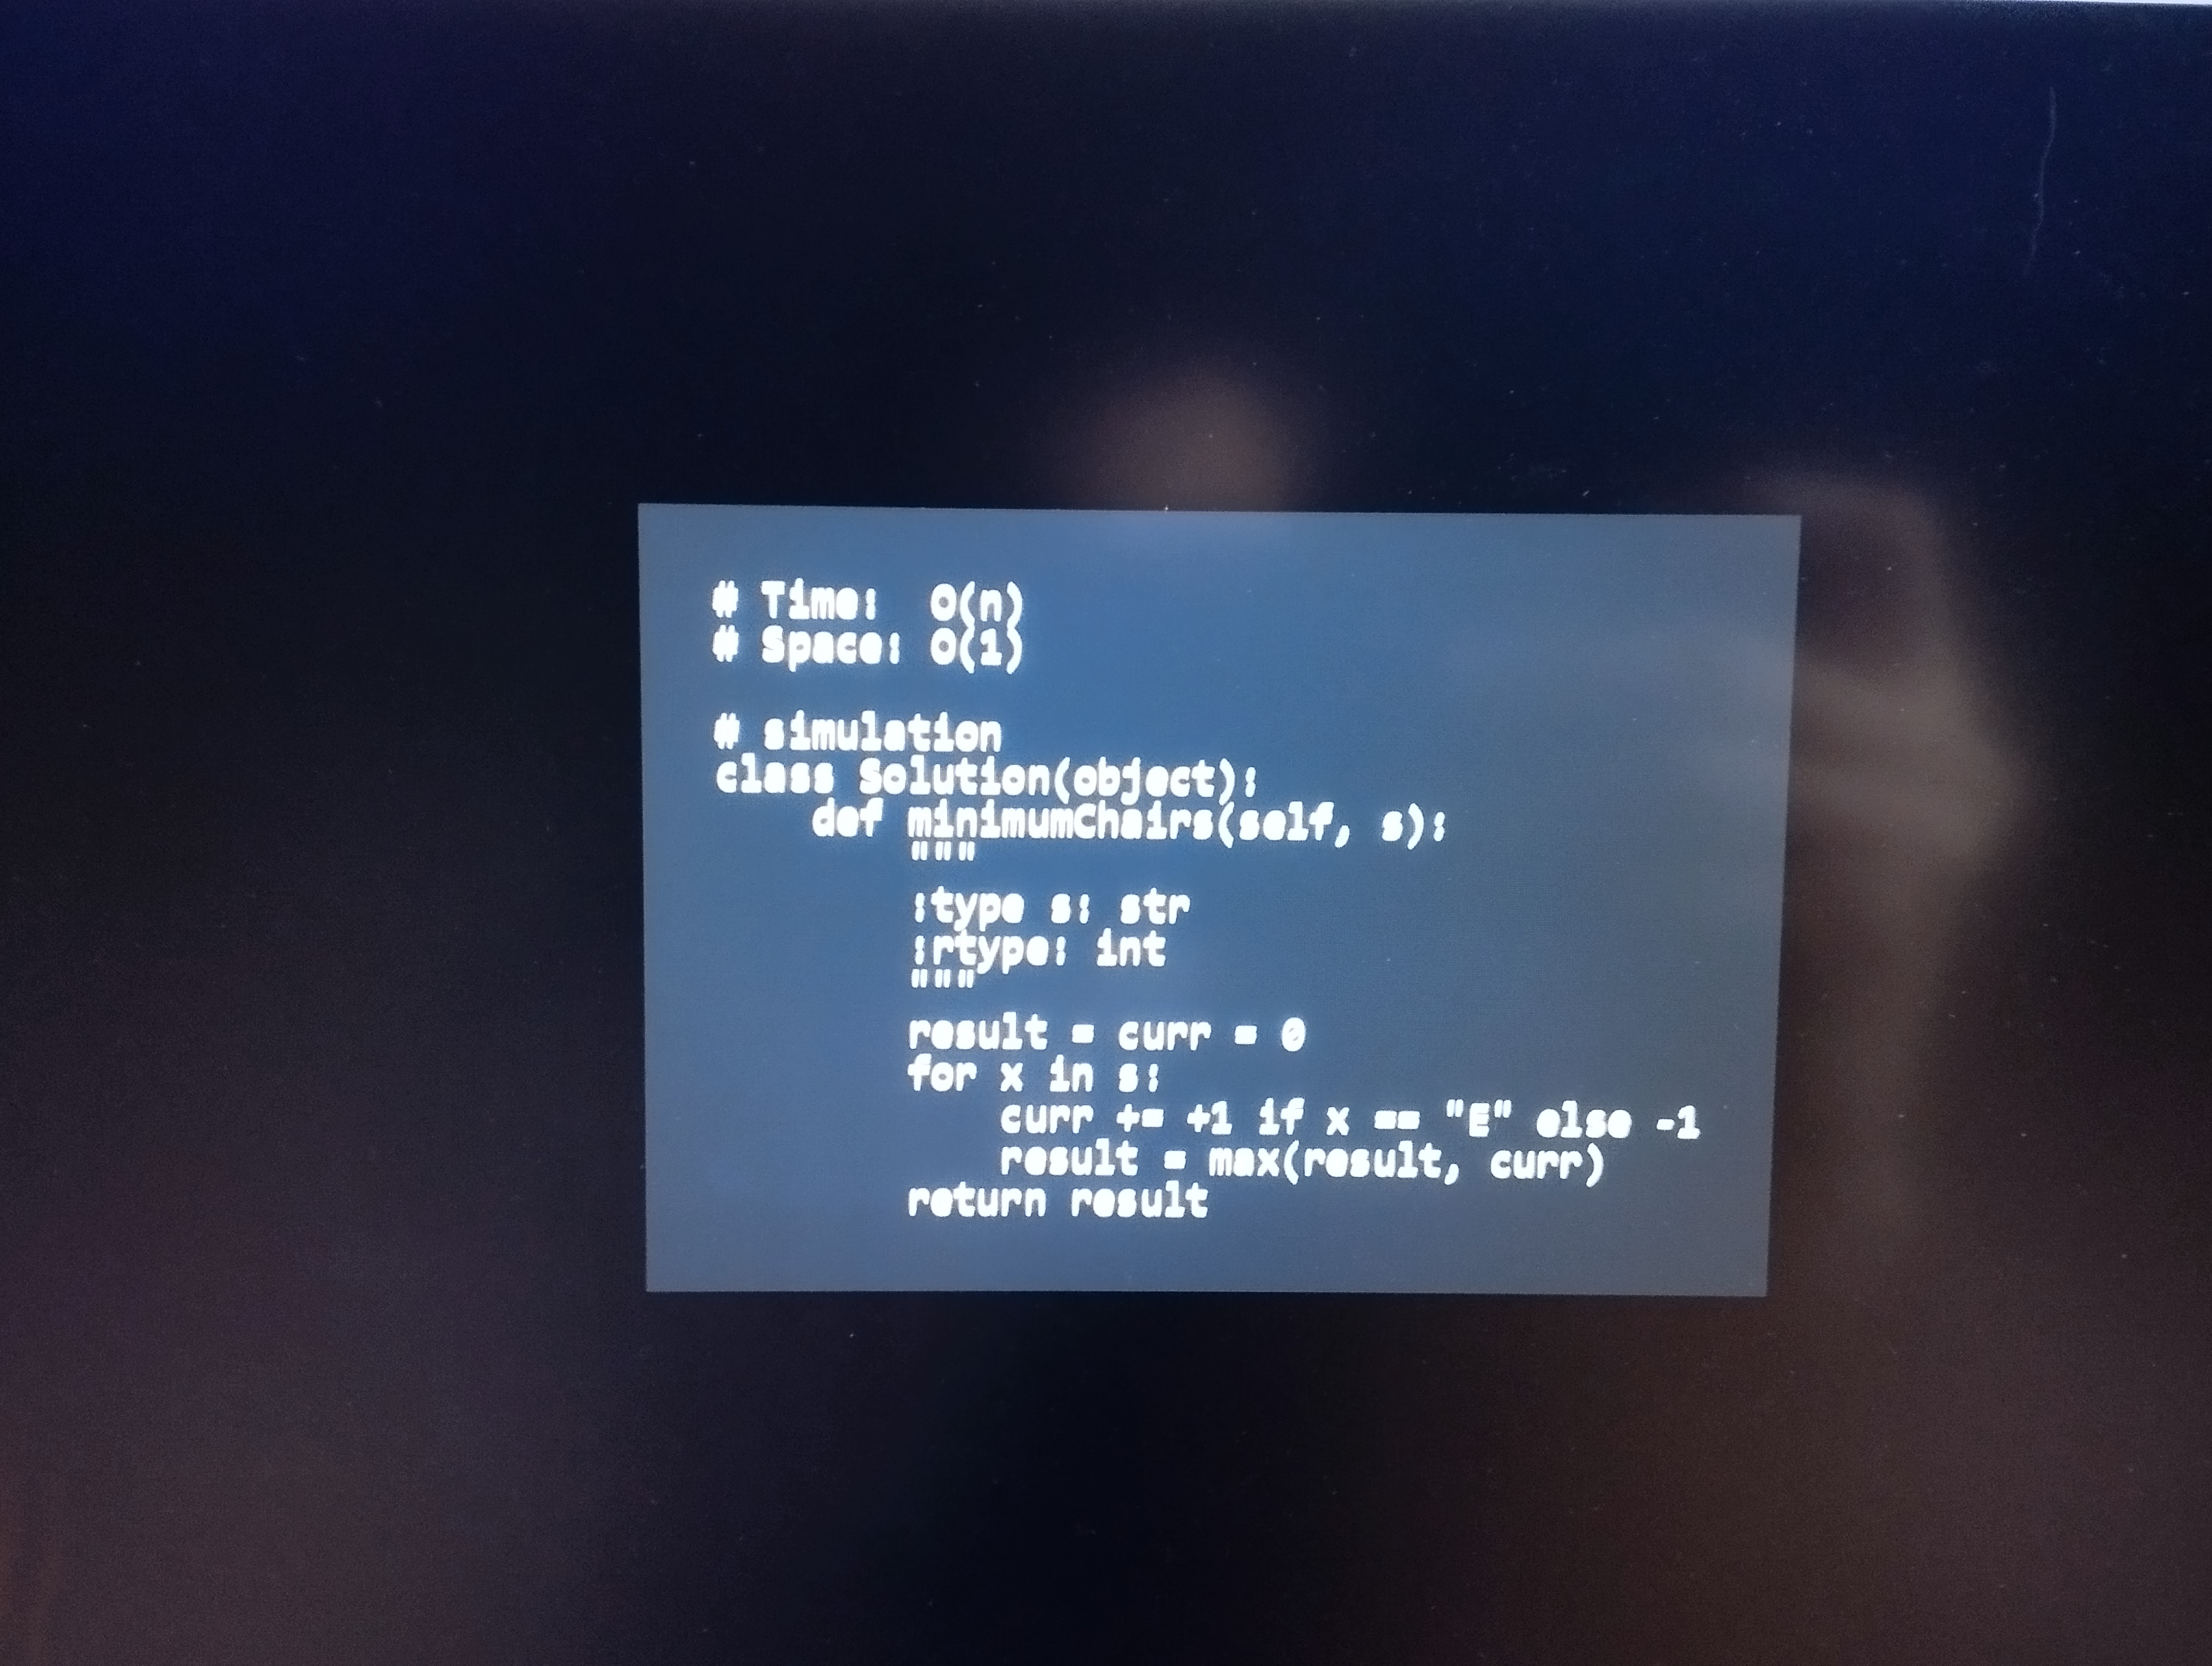
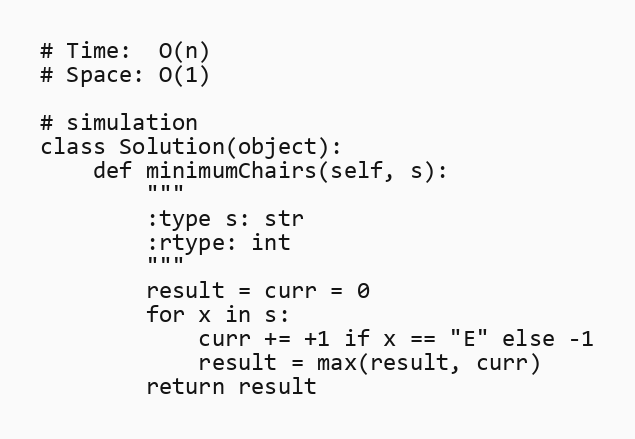
# Time:  O(n)
# Space: O(1)

# simulation
class Solution(object):
    def minimumChairs(self, s):
        """
        :type s: str
        :rtype: int
        """
        result = curr = 0
        for x in s:
            curr += +1 if x == "E" else -1
            result = max(result, curr)
        return result